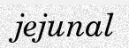
jejunal